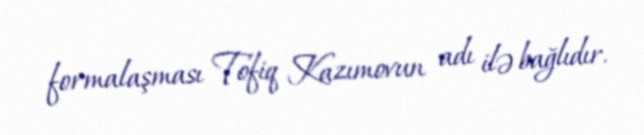
formalaşması Tofiq Kazımovun adı ilə bağlıdır.